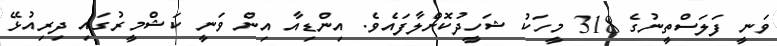
ވަނީ ފަލަސްތީނުގެ 318 މީހަކު ޝަހީދުކޮށްލާފައެވެ. އިންޑިއާ އިން ވަނީ ކަޝްމީރުގައި ދިރިއުޅޭ